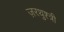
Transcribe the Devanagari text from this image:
ज़रथुश्त्री